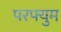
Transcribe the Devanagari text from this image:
परफ्युम